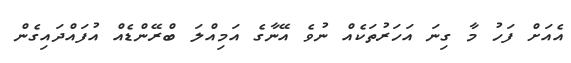
އެއަށް ފަހު މާ ގިނަ އަހަރުތަކެއް ނުވެ އޭނާގެ އަމިއްލަ ބްރޭންޑެއް އުފައްދައިގެން